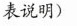
表说明)